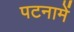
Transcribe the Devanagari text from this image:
पटनामें